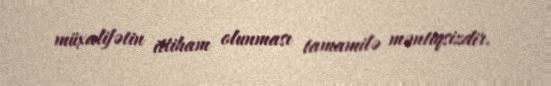
müxalifətin ittiham olunması tamamilə məntiqsizdir.